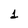
Character: 1